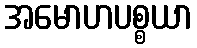
အမောဟပစ္စယာ